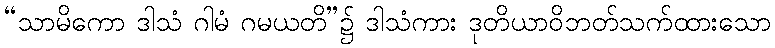
“သာမိကော ဒါသံ ဂါမံ ဂမယတိ”၌ ဒါသံကား ဒုတိယာဝိဘတ်သက်ထားသော